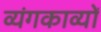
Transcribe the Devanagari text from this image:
व्यंगकाव्यों